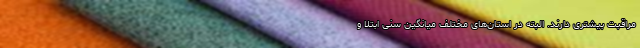
مراقبت بیشتری دارند. البته در استان‌های مختلف میانگین سنی ابتلا و